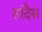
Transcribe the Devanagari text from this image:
हादैस